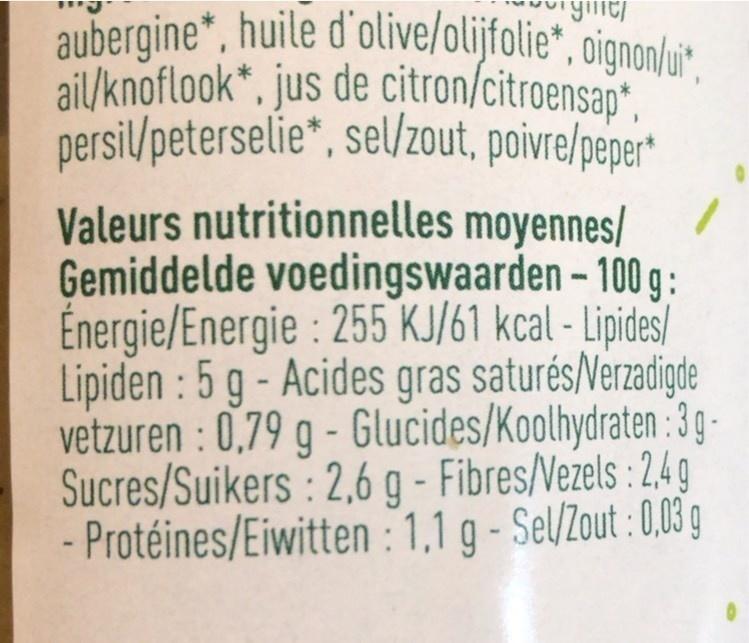
aubergine*, huile d'olive/olijfolie*, oignon/u",
ail/knoflook*, jus de citron/citroensap*, persilpeterselie", sel/zout, poivre/peper
Valeurs nutritionnelles moyennes/ Gemiddelde voedingswaarden - 100 g: Énergie/Energie : 255 KJ/61 kcal - Lipides/ Lipiden : 5 g - Acides gras saturés/Verzadigde vetzuren : 0,79 g - Glucides/Koolhydraten :3 g- Sucres/Suikers: 2,6 g - Fibres/Vezels :2,49 - Protéines/Eiwitten : 1,1 g- Sel/Zout :0,03 g